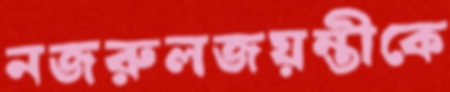
নজরুলজয়ন্তীকে